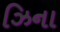
ઝિના